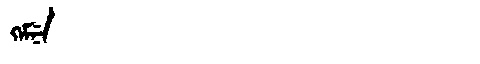
Manchu: ᡴᡝᠮᠨᡝ
Romanization: KEMNE